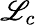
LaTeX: \mathscr{L}_{c}